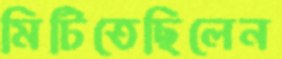
মিটিতেছিলেন